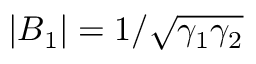
| B _ { 1 } | = 1 / \sqrt { \gamma _ { 1 } \gamma _ { 2 } }